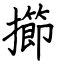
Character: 擳